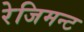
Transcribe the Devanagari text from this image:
रेजिमन्ट